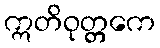
ဣတိဝုတ္တကေ